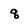
Character: q